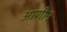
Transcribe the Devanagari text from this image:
आणीन